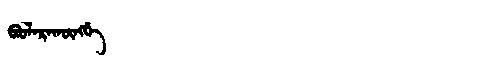
Manchu: ᠪᠣᠣᠯᠠᡵᠠᡴᡡᠩᡤᡝ
Romanization: BOOLARAKŪNGGE